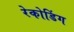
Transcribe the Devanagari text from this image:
रेकोडिंग